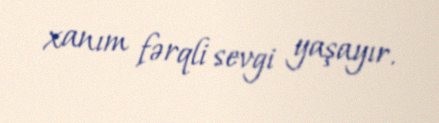
xanım fərqli sevgi yaşayır.